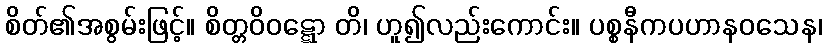
စိတ်၏အစွမ်းဖြင့်။ စိတ္တဝိဝဋ္ဋော တိ၊ ဟူ၍လည်းကောင်း။ ပစ္စနီကပဟာနဝသေန၊